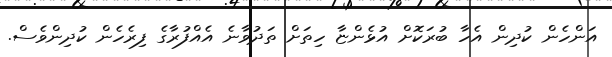
އަންހެން ކުދިން އެހާ ބުރަކޮށް އުޅެންޏާ ހިތަށް ތަދުވާނެ އެއްފުރާގެ ފިރެހެން ކުދިންވެސް.